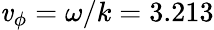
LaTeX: \mathit{v}_{\phi}=\omega/k=3.213